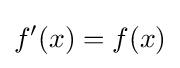
f^{\prime }(x)=f(x)